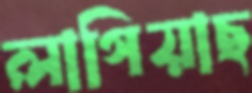
লাগিয়াছ